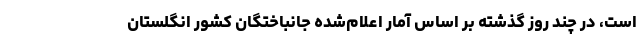
است، در چند روز گذشته بر اساس آمار اعلام‌شده جانباختگان کشور انگلستان